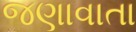
જણાવાતા